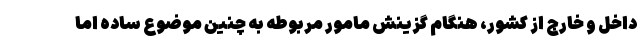
داخل و خارج از کشور، هنگام گزینش مامور مربوطه به چنین موضوع ساده اما